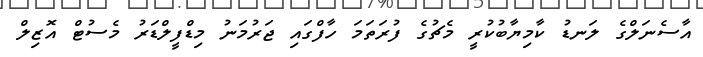
އާސެނަލްގެ ލަނޑު ކާމިޔާބުކުރީ މެޗުގެ ފުރަތަމަ ހާފްގައި ޖަރުމަނު މިޑްފީލްޑަރު މެސުޓް އޮޒިލް